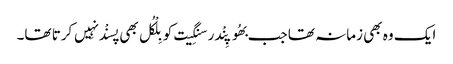
ایک وہ بھی زمانہ تھا جب بھُوپِنْدر سنگِیت کو بِلْکُل بھی پسنْد نہِیں کرتا تھا۔